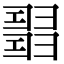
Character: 𢑰